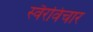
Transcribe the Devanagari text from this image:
स्वैरविचार